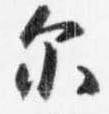
示